Leprosy in India: report of the Leprosy Commission in India, 1890-91
Year: 1890
Disease focus: Leprosy
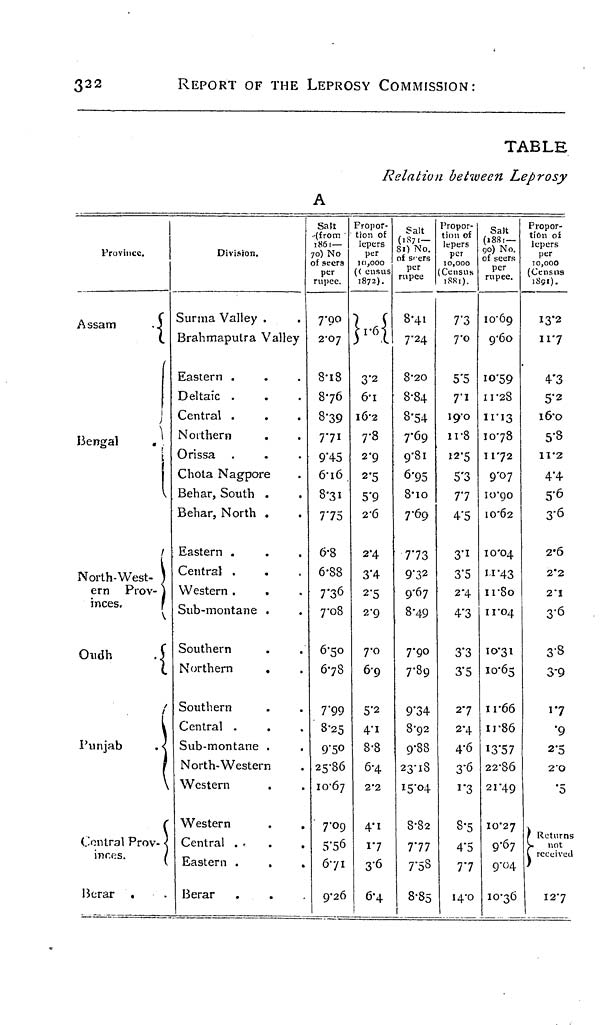
322
REPORT OF THE LEPROSY COMMISSION:
TABLE
Relation between Leprosy
A
Province.
Assam
.3
Bengal
North-West-
ern Prov-
inces.
Oudh
Punjab
. <
r
Central Prov-
inces.
Berar .
Division.
Surma Valley .
Brahmaputra Valley
Eastern .
Deltaic .
Central .
Northern
Orissa
Chota Nagpore
Behar, South .
Behar, North .
Eastern .
Central .
Western .
Sub-montane .
Southern
Northern
.
Southern
Central .
Sub-montane .
North-Western
Western
Western
Central
Eastern .
Berar
Salt
(from
1861—
o) No
f seers
per
rupee.
7'9°2
-07
8-i8
876
8-39
771
9'45
6-i6
8-31
775
6-8
6-88
7-36
7-08
6-50
678
7*99
8-25
9"5O
25-86
10-67
7"°Q
5-56
6-71
9*26
Propor-
tion of
lepers
per
10,000
( ensus
1872).
M
3'2
6-1
l6"2
7-8
2-9
2'5
5'9
2-6
2-4
3'4
2'5
2-9
7-0
6-9
5'2
4*i
8-8
6-4
2'2
4* 1
17
3'6
6-4
Salt
(1871-
81) No.
of seers
per
rupee
8'41
7-24
8-2O
8-84
8'54
7-69
9-81
6'95
8-io
7-69
773
9-32
9-67
8-49
7-90
7-89
9"34
8-92
9-88
23*18
IS'04
8-82
777
7-58
8-85
1
Propor-
tion of
lepers
per
10,000
Census
iSfli).
7"3
7-0
5'5
7-1
ig'o
11-8
12-5
5*3
77
4'5
3'i
3'5
2-4
4'3
3"3
3'5
27
2-4
4-6
3-6
i"3
8*5
4'5
77
14-0
Sa)t
(1881—
go) No.
of seers
per
rupee.
10*69
9'6o
10-59
11-28
11-13
1078
1172
9-07
10-90
I0'Ô2
10-04
"'43
irSo
11*04
10-31
10-65
11-66
11-86
13*57
22-S6
21-49
10*27
9-67
9-04
10-36
Propor-
tion oí
lepers
per
10,000
[Census
iSsi).
13*2
II7
4'3
5"2
i6"o
5-8
11-2
4-4
5-6
3-6
2-6
2"2
2'I
3-6
3'8
3-9
17
'9
2*5
20
'5
) Returns
V not
I received
)
12*7